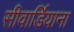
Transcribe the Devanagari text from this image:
सीवार्डियाना